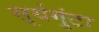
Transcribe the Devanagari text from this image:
सूर्यगुंटा